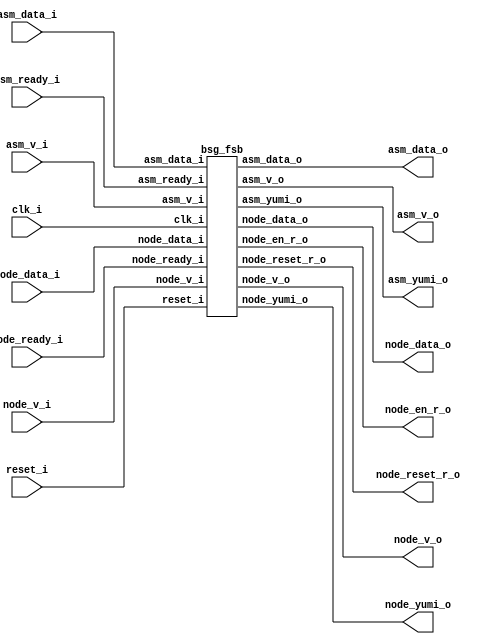
// This program was cloned from: https://github.com/chipsalliance/UHDM-integration-tests
// License: Apache License 2.0



module top
(
  clk_i,
  reset_i,
  asm_v_i,
  asm_data_i,
  asm_yumi_o,
  asm_v_o,
  asm_data_o,
  asm_ready_i,
  node_v_o,
  node_data_o,
  node_ready_i,
  node_en_r_o,
  node_reset_r_o,
  node_v_i,
  node_data_i,
  node_yumi_o
);

  input [15:0] asm_data_i;
  output [15:0] asm_data_o;
  output [4:0] node_v_o;
  output [79:0] node_data_o;
  input [4:0] node_ready_i;
  output [4:0] node_en_r_o;
  output [4:0] node_reset_r_o;
  input [4:0] node_v_i;
  input [79:0] node_data_i;
  output [4:0] node_yumi_o;
  input clk_i;
  input reset_i;
  input asm_v_i;
  input asm_ready_i;
  output asm_yumi_o;
  output asm_v_o;

  bsg_fsb
  wrapper
  (
    .asm_data_i(asm_data_i),
    .asm_data_o(asm_data_o),
    .node_v_o(node_v_o),
    .node_data_o(node_data_o),
    .node_ready_i(node_ready_i),
    .node_en_r_o(node_en_r_o),
    .node_reset_r_o(node_reset_r_o),
    .node_v_i(node_v_i),
    .node_data_i(node_data_i),
    .node_yumi_o(node_yumi_o),
    .clk_i(clk_i),
    .reset_i(reset_i),
    .asm_v_i(asm_v_i),
    .asm_ready_i(asm_ready_i),
    .asm_yumi_o(asm_yumi_o),
    .asm_v_o(asm_v_o)
  );


endmodule



module bsg_mem_1r1w_synth_width_p16_els_p2_read_write_same_addr_p0
(
  w_clk_i,
  w_reset_i,
  w_v_i,
  w_addr_i,
  w_data_i,
  r_v_i,
  r_addr_i,
  r_data_o
);

  input [0:0] w_addr_i;
  input [15:0] w_data_i;
  input [0:0] r_addr_i;
  output [15:0] r_data_o;
  input w_clk_i;
  input w_reset_i;
  input w_v_i;
  input r_v_i;
  wire [15:0] r_data_o;
  wire N0,N1,N2,N3,N4,N5,N7,N8;
  wire [31:0] \nz.mem ;
  reg \nz.mem_31_sv2v_reg ,\nz.mem_30_sv2v_reg ,\nz.mem_29_sv2v_reg ,
  \nz.mem_28_sv2v_reg ,\nz.mem_27_sv2v_reg ,\nz.mem_26_sv2v_reg ,\nz.mem_25_sv2v_reg ,
  \nz.mem_24_sv2v_reg ,\nz.mem_23_sv2v_reg ,\nz.mem_22_sv2v_reg ,\nz.mem_21_sv2v_reg ,
  \nz.mem_20_sv2v_reg ,\nz.mem_19_sv2v_reg ,\nz.mem_18_sv2v_reg ,\nz.mem_17_sv2v_reg ,
  \nz.mem_16_sv2v_reg ,\nz.mem_15_sv2v_reg ,\nz.mem_14_sv2v_reg ,\nz.mem_13_sv2v_reg ,
  \nz.mem_12_sv2v_reg ,\nz.mem_11_sv2v_reg ,\nz.mem_10_sv2v_reg ,
  \nz.mem_9_sv2v_reg ,\nz.mem_8_sv2v_reg ,\nz.mem_7_sv2v_reg ,\nz.mem_6_sv2v_reg ,
  \nz.mem_5_sv2v_reg ,\nz.mem_4_sv2v_reg ,\nz.mem_3_sv2v_reg ,\nz.mem_2_sv2v_reg ,
  \nz.mem_1_sv2v_reg ,\nz.mem_0_sv2v_reg ;
  assign \nz.mem [31] = \nz.mem_31_sv2v_reg ;
  assign \nz.mem [30] = \nz.mem_30_sv2v_reg ;
  assign \nz.mem [29] = \nz.mem_29_sv2v_reg ;
  assign \nz.mem [28] = \nz.mem_28_sv2v_reg ;
  assign \nz.mem [27] = \nz.mem_27_sv2v_reg ;
  assign \nz.mem [26] = \nz.mem_26_sv2v_reg ;
  assign \nz.mem [25] = \nz.mem_25_sv2v_reg ;
  assign \nz.mem [24] = \nz.mem_24_sv2v_reg ;
  assign \nz.mem [23] = \nz.mem_23_sv2v_reg ;
  assign \nz.mem [22] = \nz.mem_22_sv2v_reg ;
  assign \nz.mem [21] = \nz.mem_21_sv2v_reg ;
  assign \nz.mem [20] = \nz.mem_20_sv2v_reg ;
  assign \nz.mem [19] = \nz.mem_19_sv2v_reg ;
  assign \nz.mem [18] = \nz.mem_18_sv2v_reg ;
  assign \nz.mem [17] = \nz.mem_17_sv2v_reg ;
  assign \nz.mem [16] = \nz.mem_16_sv2v_reg ;
  assign \nz.mem [15] = \nz.mem_15_sv2v_reg ;
  assign \nz.mem [14] = \nz.mem_14_sv2v_reg ;
  assign \nz.mem [13] = \nz.mem_13_sv2v_reg ;
  assign \nz.mem [12] = \nz.mem_12_sv2v_reg ;
  assign \nz.mem [11] = \nz.mem_11_sv2v_reg ;
  assign \nz.mem [10] = \nz.mem_10_sv2v_reg ;
  assign \nz.mem [9] = \nz.mem_9_sv2v_reg ;
  assign \nz.mem [8] = \nz.mem_8_sv2v_reg ;
  assign \nz.mem [7] = \nz.mem_7_sv2v_reg ;
  assign \nz.mem [6] = \nz.mem_6_sv2v_reg ;
  assign \nz.mem [5] = \nz.mem_5_sv2v_reg ;
  assign \nz.mem [4] = \nz.mem_4_sv2v_reg ;
  assign \nz.mem [3] = \nz.mem_3_sv2v_reg ;
  assign \nz.mem [2] = \nz.mem_2_sv2v_reg ;
  assign \nz.mem [1] = \nz.mem_1_sv2v_reg ;
  assign \nz.mem [0] = \nz.mem_0_sv2v_reg ;
  assign r_data_o[15] = (N3)? \nz.mem [15] : 
                        (N0)? \nz.mem [31] : 1'b0;
  assign N0 = r_addr_i[0];
  assign r_data_o[14] = (N3)? \nz.mem [14] : 
                        (N0)? \nz.mem [30] : 1'b0;
  assign r_data_o[13] = (N3)? \nz.mem [13] : 
                        (N0)? \nz.mem [29] : 1'b0;
  assign r_data_o[12] = (N3)? \nz.mem [12] : 
                        (N0)? \nz.mem [28] : 1'b0;
  assign r_data_o[11] = (N3)? \nz.mem [11] : 
                        (N0)? \nz.mem [27] : 1'b0;
  assign r_data_o[10] = (N3)? \nz.mem [10] : 
                        (N0)? \nz.mem [26] : 1'b0;
  assign r_data_o[9] = (N3)? \nz.mem [9] : 
                       (N0)? \nz.mem [25] : 1'b0;
  assign r_data_o[8] = (N3)? \nz.mem [8] : 
                       (N0)? \nz.mem [24] : 1'b0;
  assign r_data_o[7] = (N3)? \nz.mem [7] : 
                       (N0)? \nz.mem [23] : 1'b0;
  assign r_data_o[6] = (N3)? \nz.mem [6] : 
                       (N0)? \nz.mem [22] : 1'b0;
  assign r_data_o[5] = (N3)? \nz.mem [5] : 
                       (N0)? \nz.mem [21] : 1'b0;
  assign r_data_o[4] = (N3)? \nz.mem [4] : 
                       (N0)? \nz.mem [20] : 1'b0;
  assign r_data_o[3] = (N3)? \nz.mem [3] : 
                       (N0)? \nz.mem [19] : 1'b0;
  assign r_data_o[2] = (N3)? \nz.mem [2] : 
                       (N0)? \nz.mem [18] : 1'b0;
  assign r_data_o[1] = (N3)? \nz.mem [1] : 
                       (N0)? \nz.mem [17] : 1'b0;
  assign r_data_o[0] = (N3)? \nz.mem [0] : 
                       (N0)? \nz.mem [16] : 1'b0;
  assign N5 = ~w_addr_i[0];
  assign { N8, N7 } = (N1)? { w_addr_i[0:0], N5 } : 
                      (N2)? { 1'b0, 1'b0 } : 1'b0;
  assign N1 = w_v_i;
  assign N2 = N4;
  assign N3 = ~r_addr_i[0];
  assign N4 = ~w_v_i;

  always @(posedge w_clk_i) begin
    if(N8) begin
      \nz.mem_31_sv2v_reg  <= w_data_i[15];
      \nz.mem_30_sv2v_reg  <= w_data_i[14];
      \nz.mem_29_sv2v_reg  <= w_data_i[13];
      \nz.mem_28_sv2v_reg  <= w_data_i[12];
      \nz.mem_27_sv2v_reg  <= w_data_i[11];
      \nz.mem_26_sv2v_reg  <= w_data_i[10];
      \nz.mem_25_sv2v_reg  <= w_data_i[9];
      \nz.mem_24_sv2v_reg  <= w_data_i[8];
      \nz.mem_23_sv2v_reg  <= w_data_i[7];
      \nz.mem_22_sv2v_reg  <= w_data_i[6];
      \nz.mem_21_sv2v_reg  <= w_data_i[5];
      \nz.mem_20_sv2v_reg  <= w_data_i[4];
      \nz.mem_19_sv2v_reg  <= w_data_i[3];
      \nz.mem_18_sv2v_reg  <= w_data_i[2];
      \nz.mem_17_sv2v_reg  <= w_data_i[1];
      \nz.mem_16_sv2v_reg  <= w_data_i[0];
    end 
    if(N7) begin
      \nz.mem_15_sv2v_reg  <= w_data_i[15];
      \nz.mem_14_sv2v_reg  <= w_data_i[14];
      \nz.mem_13_sv2v_reg  <= w_data_i[13];
      \nz.mem_12_sv2v_reg  <= w_data_i[12];
      \nz.mem_11_sv2v_reg  <= w_data_i[11];
      \nz.mem_10_sv2v_reg  <= w_data_i[10];
      \nz.mem_9_sv2v_reg  <= w_data_i[9];
      \nz.mem_8_sv2v_reg  <= w_data_i[8];
      \nz.mem_7_sv2v_reg  <= w_data_i[7];
      \nz.mem_6_sv2v_reg  <= w_data_i[6];
      \nz.mem_5_sv2v_reg  <= w_data_i[5];
      \nz.mem_4_sv2v_reg  <= w_data_i[4];
      \nz.mem_3_sv2v_reg  <= w_data_i[3];
      \nz.mem_2_sv2v_reg  <= w_data_i[2];
      \nz.mem_1_sv2v_reg  <= w_data_i[1];
      \nz.mem_0_sv2v_reg  <= w_data_i[0];
    end 
  end


endmodule



module bsg_mem_1r1w_width_p16_els_p2_read_write_same_addr_p0
(
  w_clk_i,
  w_reset_i,
  w_v_i,
  w_addr_i,
  w_data_i,
  r_v_i,
  r_addr_i,
  r_data_o
);

  input [0:0] w_addr_i;
  input [15:0] w_data_i;
  input [0:0] r_addr_i;
  output [15:0] r_data_o;
  input w_clk_i;
  input w_reset_i;
  input w_v_i;
  input r_v_i;
  wire [15:0] r_data_o;

  bsg_mem_1r1w_synth_width_p16_els_p2_read_write_same_addr_p0
  synth
  (
    .w_clk_i(w_clk_i),
    .w_reset_i(w_reset_i),
    .w_v_i(w_v_i),
    .w_addr_i(w_addr_i[0]),
    .w_data_i(w_data_i),
    .r_v_i(r_v_i),
    .r_addr_i(r_addr_i[0]),
    .r_data_o(r_data_o)
  );


endmodule



module bsg_two_fifo_width_p16
(
  clk_i,
  reset_i,
  ready_o,
  data_i,
  v_i,
  v_o,
  data_o,
  yumi_i
);

  input [15:0] data_i;
  output [15:0] data_o;
  input clk_i;
  input reset_i;
  input v_i;
  input yumi_i;
  output ready_o;
  output v_o;
  wire [15:0] data_o;
  wire ready_o,v_o,enq_i,tail_r,_0_net_,head_r,empty_r,full_r,N0,N1,N2,N3,N4,N5,N6,N7,
  N8,N9,N10,N11,N12,N13,N14;
  reg full_r_sv2v_reg,tail_r_sv2v_reg,head_r_sv2v_reg,empty_r_sv2v_reg;
  assign full_r = full_r_sv2v_reg;
  assign tail_r = tail_r_sv2v_reg;
  assign head_r = head_r_sv2v_reg;
  assign empty_r = empty_r_sv2v_reg;

  bsg_mem_1r1w_width_p16_els_p2_read_write_same_addr_p0
  mem_1r1w
  (
    .w_clk_i(clk_i),
    .w_reset_i(reset_i),
    .w_v_i(enq_i),
    .w_addr_i(tail_r),
    .w_data_i(data_i),
    .r_v_i(_0_net_),
    .r_addr_i(head_r),
    .r_data_o(data_o)
  );

  assign _0_net_ = ~empty_r;
  assign v_o = ~empty_r;
  assign ready_o = ~full_r;
  assign enq_i = v_i & N5;
  assign N5 = ~full_r;
  assign N1 = enq_i;
  assign N0 = ~tail_r;
  assign N2 = ~head_r;
  assign N3 = N7 | N9;
  assign N7 = empty_r & N6;
  assign N6 = ~enq_i;
  assign N9 = N8 & N6;
  assign N8 = N5 & yumi_i;
  assign N4 = N13 | N14;
  assign N13 = N11 & N12;
  assign N11 = N10 & enq_i;
  assign N10 = ~empty_r;
  assign N12 = ~yumi_i;
  assign N14 = full_r & N12;

  always @(posedge clk_i) begin
    if(reset_i) begin
      full_r_sv2v_reg <= 1'b0;
      empty_r_sv2v_reg <= 1'b1;
    end else if(1'b1) begin
      full_r_sv2v_reg <= N4;
      empty_r_sv2v_reg <= N3;
    end 
    if(reset_i) begin
      tail_r_sv2v_reg <= 1'b0;
    end else if(N1) begin
      tail_r_sv2v_reg <= N0;
    end 
    if(reset_i) begin
      head_r_sv2v_reg <= 1'b0;
    end else if(yumi_i) begin
      head_r_sv2v_reg <= N2;
    end 
  end


endmodule



module bsg_front_side_bus_hop_in_width_p16_fan_out_p2
(
  clk_i,
  reset_i,
  ready_o,
  v_i,
  data_i,
  v_o,
  data_o,
  ready_i
);

  input [15:0] data_i;
  output [1:0] v_o;
  output [31:0] data_o;
  input [1:0] ready_i;
  input clk_i;
  input reset_i;
  input v_i;
  output ready_o;
  wire [1:0] v_o,sent_r,sent_n;
  wire [31:0] data_o;
  wire ready_o,N0,N1,data_o_0__15_,data_o_0__14_,data_o_0__13_,data_o_0__12_,
  data_o_0__11_,data_o_0__10_,data_o_0__9_,data_o_0__8_,data_o_0__7_,data_o_0__6_,
  data_o_0__5_,data_o_0__4_,data_o_0__3_,data_o_0__2_,data_o_0__1_,data_o_0__0_,fifo_v,
  fifo_yumi,N2,N3,N4,N5,N6,N7,N8,N9,N10,N11;
  reg sent_r_0_sv2v_reg,sent_r_1_sv2v_reg;
  assign sent_r[0] = sent_r_0_sv2v_reg;
  assign sent_r[1] = sent_r_1_sv2v_reg;
  assign data_o[31] = data_o_0__15_;
  assign data_o[15] = data_o_0__15_;
  assign data_o[30] = data_o_0__14_;
  assign data_o[14] = data_o_0__14_;
  assign data_o[29] = data_o_0__13_;
  assign data_o[13] = data_o_0__13_;
  assign data_o[28] = data_o_0__12_;
  assign data_o[12] = data_o_0__12_;
  assign data_o[27] = data_o_0__11_;
  assign data_o[11] = data_o_0__11_;
  assign data_o[26] = data_o_0__10_;
  assign data_o[10] = data_o_0__10_;
  assign data_o[25] = data_o_0__9_;
  assign data_o[9] = data_o_0__9_;
  assign data_o[24] = data_o_0__8_;
  assign data_o[8] = data_o_0__8_;
  assign data_o[23] = data_o_0__7_;
  assign data_o[7] = data_o_0__7_;
  assign data_o[22] = data_o_0__6_;
  assign data_o[6] = data_o_0__6_;
  assign data_o[21] = data_o_0__5_;
  assign data_o[5] = data_o_0__5_;
  assign data_o[20] = data_o_0__4_;
  assign data_o[4] = data_o_0__4_;
  assign data_o[19] = data_o_0__3_;
  assign data_o[3] = data_o_0__3_;
  assign data_o[18] = data_o_0__2_;
  assign data_o[2] = data_o_0__2_;
  assign data_o[17] = data_o_0__1_;
  assign data_o[1] = data_o_0__1_;
  assign data_o[16] = data_o_0__0_;
  assign data_o[0] = data_o_0__0_;

  bsg_two_fifo_width_p16
  fifo
  (
    .clk_i(clk_i),
    .reset_i(reset_i),
    .ready_o(ready_o),
    .data_i(data_i),
    .v_i(v_i),
    .v_o(fifo_v),
    .data_o({ data_o_0__15_, data_o_0__14_, data_o_0__13_, data_o_0__12_, data_o_0__11_, data_o_0__10_, data_o_0__9_, data_o_0__8_, data_o_0__7_, data_o_0__6_, data_o_0__5_, data_o_0__4_, data_o_0__3_, data_o_0__2_, data_o_0__1_, data_o_0__0_ }),
    .yumi_i(fifo_yumi)
  );

  assign sent_n[0] = (N0)? 1'b1 : 
                     (N4)? sent_r[0] : 1'b0;
  assign N0 = N3;
  assign sent_n[1] = (N1)? 1'b1 : 
                     (N7)? sent_r[1] : 1'b0;
  assign N1 = N6;
  assign v_o[0] = fifo_v & N8;
  assign N8 = ~sent_r[0];
  assign N2 = sent_n[0] & N9;
  assign N9 = ~fifo_yumi;
  assign N3 = v_o[0] & ready_i[0];
  assign N4 = ~N3;
  assign v_o[1] = fifo_v & N10;
  assign N10 = ~sent_r[1];
  assign N5 = sent_n[1] & N11;
  assign N11 = ~fifo_yumi;
  assign N6 = v_o[1] & ready_i[1];
  assign N7 = ~N6;
  assign fifo_yumi = sent_n[1] & sent_n[0];

  always @(posedge clk_i) begin
    if(reset_i) begin
      sent_r_0_sv2v_reg <= 1'b0;
      sent_r_1_sv2v_reg <= 1'b0;
    end else if(1'b1) begin
      sent_r_0_sv2v_reg <= N2;
      sent_r_1_sv2v_reg <= N5;
    end 
  end


endmodule



module bsg_front_side_bus_hop_out_width_p16
(
  clk_i,
  reset_i,
  v_i,
  data_i,
  ready_o,
  yumi_o,
  v_o,
  data_o,
  ready_i
);

  input [1:0] v_i;
  input [31:0] data_i;
  output [15:0] data_o;
  input clk_i;
  input reset_i;
  input ready_i;
  output ready_o;
  output yumi_o;
  output v_o;
  wire [15:0] data_o;
  wire ready_o,yumi_o,v_o,N0,N1,N2,v1_blocked_r,source_sel,fifo_ready,N3,N4,N5,
  _0_net__15_,_0_net__14_,_0_net__13_,_0_net__12_,_0_net__11_,_0_net__10_,_0_net__9_,
  _0_net__8_,_0_net__7_,_0_net__6_,_0_net__5_,_0_net__4_,_0_net__3_,_0_net__2_,
  _0_net__1_,_0_net__0_,_1_net_,_2_net_,N6,N7,N8,N9,N10;
  reg v1_blocked_r_sv2v_reg;
  assign v1_blocked_r = v1_blocked_r_sv2v_reg;

  bsg_two_fifo_width_p16
  fifo
  (
    .clk_i(clk_i),
    .reset_i(reset_i),
    .ready_o(fifo_ready),
    .data_i({ _0_net__15_, _0_net__14_, _0_net__13_, _0_net__12_, _0_net__11_, _0_net__10_, _0_net__9_, _0_net__8_, _0_net__7_, _0_net__6_, _0_net__5_, _0_net__4_, _0_net__3_, _0_net__2_, _0_net__1_, _0_net__0_ }),
    .v_i(_2_net_),
    .v_o(v_o),
    .data_o(data_o),
    .yumi_i(_1_net_)
  );

  assign _0_net__15_ = (N6)? data_i[15] : 
                       (N0)? data_i[31] : 1'b0;
  assign N0 = source_sel;
  assign _0_net__14_ = (N6)? data_i[14] : 
                       (N0)? data_i[30] : 1'b0;
  assign _0_net__13_ = (N6)? data_i[13] : 
                       (N0)? data_i[29] : 1'b0;
  assign _0_net__12_ = (N6)? data_i[12] : 
                       (N0)? data_i[28] : 1'b0;
  assign _0_net__11_ = (N6)? data_i[11] : 
                       (N0)? data_i[27] : 1'b0;
  assign _0_net__10_ = (N6)? data_i[10] : 
                       (N0)? data_i[26] : 1'b0;
  assign _0_net__9_ = (N6)? data_i[9] : 
                      (N0)? data_i[25] : 1'b0;
  assign _0_net__8_ = (N6)? data_i[8] : 
                      (N0)? data_i[24] : 1'b0;
  assign _0_net__7_ = (N6)? data_i[7] : 
                      (N0)? data_i[23] : 1'b0;
  assign _0_net__6_ = (N6)? data_i[6] : 
                      (N0)? data_i[22] : 1'b0;
  assign _0_net__5_ = (N6)? data_i[5] : 
                      (N0)? data_i[21] : 1'b0;
  assign _0_net__4_ = (N6)? data_i[4] : 
                      (N0)? data_i[20] : 1'b0;
  assign _0_net__3_ = (N6)? data_i[3] : 
                      (N0)? data_i[19] : 1'b0;
  assign _0_net__2_ = (N6)? data_i[2] : 
                      (N0)? data_i[18] : 1'b0;
  assign _0_net__1_ = (N6)? data_i[1] : 
                      (N0)? data_i[17] : 1'b0;
  assign _0_net__0_ = (N6)? data_i[0] : 
                      (N0)? data_i[16] : 1'b0;
  assign N5 = (N1)? N4 : 
              (N2)? v1_blocked_r : 1'b0;
  assign N1 = fifo_ready;
  assign N2 = N3;
  assign source_sel = N7 | v1_blocked_r;
  assign N7 = ~v_i[0];
  assign yumi_o = N8 & source_sel;
  assign N8 = fifo_ready & v_i[1];
  assign N3 = ~fifo_ready;
  assign N4 = v_i[1] & N9;
  assign N9 = ~source_sel;
  assign _2_net_ = v_i[1] | v_i[0];
  assign _1_net_ = v_o & ready_i;
  assign N6 = ~source_sel;
  assign ready_o = fifo_ready & N10;
  assign N10 = ~v1_blocked_r;

  always @(posedge clk_i) begin
    if(reset_i) begin
      v1_blocked_r_sv2v_reg <= 1'b0;
    end else if(1'b1) begin
      v1_blocked_r_sv2v_reg <= N5;
    end 
  end


endmodule



module bsg_fsb_murn_gateway_16_0_3_x_x
(
  clk_i,
  reset_i,
  v_i,
  data_i,
  ready_o,
  v_o,
  ready_i,
  node_en_r_o,
  node_reset_r_o
);

  input [15:0] data_i;
  input clk_i;
  input reset_i;
  input v_i;
  input ready_i;
  output ready_o;
  output v_o;
  output node_en_r_o;
  output node_reset_r_o;
  wire ready_o,v_o,node_en_r_o,node_reset_r_o,N0,N1,N2,N3,N4,\genblk1.for_this_node ,
  \genblk1.for_switch ,N5,N6,N7,N8,N9,N10,N11,N12,N13,N14,N15,N16,N17,N18,N19,N20,
  N21,N22,N23,N24,N25,N26,N27,N28,N29,N30,N31,N32,N33,N34,N35,N36,N37,N38,N39,N40,
  N41,N42,N43,N44,N45,N46,N47,N48,N49,N50,N51,N52,N53,N54,N55,N56,N57;
  reg node_en_r_o_sv2v_reg,node_reset_r_o_sv2v_reg;
  assign node_en_r_o = node_en_r_o_sv2v_reg;
  assign node_reset_r_o = node_reset_r_o_sv2v_reg;
  assign N5 = data_i[7] | N19;
  assign N6 = N5 | data_i[5];
  assign N7 = N23 | N6;
  assign N9 = data_i[7] | data_i[6];
  assign N10 = N9 | N13;
  assign N11 = N23 | N10;
  assign N14 = N18 | data_i[6];
  assign N15 = N14 | N13;
  assign N16 = N23 | N15;
  assign N20 = data_i[11] | data_i[10];
  assign N21 = data_i[9] | data_i[8];
  assign N22 = N18 | N19;
  assign N23 = N20 | N21;
  assign N24 = N22 | data_i[5];
  assign N25 = N23 | N24;
  assign N43 = data_i[14] | data_i[15];
  assign N44 = data_i[13] | N43;
  assign N45 = ~N44;
  assign N31 = (N0)? 1'b1 : 
               (N1)? 1'b0 : 
               (N30)? node_en_r_o : 1'b0;
  assign N0 = N8;
  assign N1 = N12;
  assign N32 = (N2)? 1'b1 : 
               (N3)? 1'b0 : 
               (N30)? node_reset_r_o : 1'b0;
  assign N2 = N17;
  assign N3 = N26;
  assign N4 = 1'b0;
  assign \genblk1.for_this_node  = v_i & N46;
  assign N46 = N45 | N4;
  assign \genblk1.for_switch  = N50 & data_i[12];
  assign N50 = N49 & N45;
  assign N49 = N48 & v_i;
  assign N48 = ~N47;
  assign N47 = N4 & node_en_r_o;
  assign v_o = N51 & N52;
  assign N51 = node_en_r_o & \genblk1.for_this_node ;
  assign N52 = ~\genblk1.for_switch ;
  assign ready_o = v_i & N57;
  assign N57 = N55 | N56;
  assign N55 = N54 | \genblk1.for_switch ;
  assign N54 = N53 | ready_i;
  assign N53 = ~node_en_r_o;
  assign N56 = ~\genblk1.for_this_node ;
  assign N8 = ~N7;
  assign N12 = ~N11;
  assign N13 = ~data_i[5];
  assign N17 = ~N16;
  assign N18 = ~data_i[7];
  assign N19 = ~data_i[6];
  assign N26 = ~N25;
  assign N27 = N12 | N8;
  assign N28 = N17 | N27;
  assign N29 = N26 | N28;
  assign N30 = ~N29;
  assign N33 = N17 & \genblk1.for_switch ;
  assign N34 = N26 & \genblk1.for_switch ;
  assign N35 = N33 | N34;
  assign N36 = N35 | N52;
  assign N37 = ~N36;
  assign N38 = N8 & \genblk1.for_switch ;
  assign N39 = N12 & \genblk1.for_switch ;
  assign N40 = N38 | N39;
  assign N41 = N40 | N52;
  assign N42 = ~N41;

  always @(posedge clk_i) begin
    if(reset_i) begin
      node_en_r_o_sv2v_reg <= 1'b0;
    end else if(N37) begin
      node_en_r_o_sv2v_reg <= N31;
    end 
    if(reset_i) begin
      node_reset_r_o_sv2v_reg <= 1'b1;
    end else if(N42) begin
      node_reset_r_o_sv2v_reg <= N32;
    end 
  end


endmodule



module bsg_fsb_murn_gateway_16_1_3_0_0
(
  clk_i,
  reset_i,
  v_i,
  data_i,
  ready_o,
  v_o,
  ready_i,
  node_en_r_o,
  node_reset_r_o
);

  input [15:0] data_i;
  input clk_i;
  input reset_i;
  input v_i;
  input ready_i;
  output ready_o;
  output v_o;
  output node_en_r_o;
  output node_reset_r_o;
  wire ready_o,v_o,node_en_r_o,node_reset_r_o,N0,N1,N2,N3,\genblk1.for_this_node ,
  \genblk1.for_switch ,N4,N5,N6,N7,N8,N9,N10,N11,N12,N13,N14,N15,N16,N17,N18,N19,N20,
  N21,N22,N23,N24,N25,N26,N27,N28,N29,N30,N31,N32,N33,N34,N35,N36,N37,N38,N39,N40,
  N41,N42,N43,N44,N45,N46,N47,N48,N49,N50,N51,N52,N53;
  reg node_en_r_o_sv2v_reg,node_reset_r_o_sv2v_reg;
  assign node_en_r_o = node_en_r_o_sv2v_reg;
  assign node_reset_r_o = node_reset_r_o_sv2v_reg;
  assign N4 = data_i[7] | N18;
  assign N5 = N4 | data_i[5];
  assign N6 = N22 | N5;
  assign N8 = data_i[7] | data_i[6];
  assign N9 = N8 | N12;
  assign N10 = N22 | N9;
  assign N13 = N17 | data_i[6];
  assign N14 = N13 | N12;
  assign N15 = N22 | N14;
  assign N19 = data_i[11] | data_i[10];
  assign N20 = data_i[9] | data_i[8];
  assign N21 = N17 | N18;
  assign N22 = N19 | N20;
  assign N23 = N21 | data_i[5];
  assign N24 = N22 | N23;
  assign N42 = ~data_i[13];
  assign N43 = data_i[14] | data_i[15];
  assign N44 = N42 | N43;
  assign N45 = ~N44;
  assign N30 = (N0)? 1'b1 : 
               (N1)? 1'b0 : 
               (N29)? node_en_r_o : 1'b0;
  assign N0 = N7;
  assign N1 = N11;
  assign N31 = (N2)? 1'b1 : 
               (N3)? 1'b0 : 
               (N29)? node_reset_r_o : 1'b0;
  assign N2 = N16;
  assign N3 = N25;
  assign \genblk1.for_this_node  = v_i & N45;
  assign \genblk1.for_switch  = N46 & data_i[12];
  assign N46 = v_i & N45;
  assign v_o = N47 & N48;
  assign N47 = node_en_r_o & \genblk1.for_this_node ;
  assign N48 = ~\genblk1.for_switch ;
  assign ready_o = v_i & N53;
  assign N53 = N51 | N52;
  assign N51 = N50 | \genblk1.for_switch ;
  assign N50 = N49 | ready_i;
  assign N49 = ~node_en_r_o;
  assign N52 = ~\genblk1.for_this_node ;
  assign N7 = ~N6;
  assign N11 = ~N10;
  assign N12 = ~data_i[5];
  assign N16 = ~N15;
  assign N17 = ~data_i[7];
  assign N18 = ~data_i[6];
  assign N25 = ~N24;
  assign N26 = N11 | N7;
  assign N27 = N16 | N26;
  assign N28 = N25 | N27;
  assign N29 = ~N28;
  assign N32 = N16 & \genblk1.for_switch ;
  assign N33 = N25 & \genblk1.for_switch ;
  assign N34 = N32 | N33;
  assign N35 = N34 | N48;
  assign N36 = ~N35;
  assign N37 = N7 & \genblk1.for_switch ;
  assign N38 = N11 & \genblk1.for_switch ;
  assign N39 = N37 | N38;
  assign N40 = N39 | N48;
  assign N41 = ~N40;

  always @(posedge clk_i) begin
    if(reset_i) begin
      node_en_r_o_sv2v_reg <= 1'b0;
    end else if(N36) begin
      node_en_r_o_sv2v_reg <= N30;
    end 
    if(reset_i) begin
      node_reset_r_o_sv2v_reg <= 1'b1;
    end else if(N41) begin
      node_reset_r_o_sv2v_reg <= N31;
    end 
  end


endmodule



module bsg_fsb_murn_gateway_16_2_3_0_0
(
  clk_i,
  reset_i,
  v_i,
  data_i,
  ready_o,
  v_o,
  ready_i,
  node_en_r_o,
  node_reset_r_o
);

  input [15:0] data_i;
  input clk_i;
  input reset_i;
  input v_i;
  input ready_i;
  output ready_o;
  output v_o;
  output node_en_r_o;
  output node_reset_r_o;
  wire ready_o,v_o,node_en_r_o,node_reset_r_o,N0,N1,N2,N3,\genblk1.for_this_node ,
  \genblk1.for_switch ,N4,N5,N6,N7,N8,N9,N10,N11,N12,N13,N14,N15,N16,N17,N18,N19,N20,
  N21,N22,N23,N24,N25,N26,N27,N28,N29,N30,N31,N32,N33,N34,N35,N36,N37,N38,N39,N40,
  N41,N42,N43,N44,N45,N46,N47,N48,N49,N50,N51,N52,N53;
  reg node_en_r_o_sv2v_reg,node_reset_r_o_sv2v_reg;
  assign node_en_r_o = node_en_r_o_sv2v_reg;
  assign node_reset_r_o = node_reset_r_o_sv2v_reg;
  assign N4 = data_i[7] | N18;
  assign N5 = N4 | data_i[5];
  assign N6 = N22 | N5;
  assign N8 = data_i[7] | data_i[6];
  assign N9 = N8 | N12;
  assign N10 = N22 | N9;
  assign N13 = N17 | data_i[6];
  assign N14 = N13 | N12;
  assign N15 = N22 | N14;
  assign N19 = data_i[11] | data_i[10];
  assign N20 = data_i[9] | data_i[8];
  assign N21 = N17 | N18;
  assign N22 = N19 | N20;
  assign N23 = N21 | data_i[5];
  assign N24 = N22 | N23;
  assign N42 = ~data_i[14];
  assign N43 = N42 | data_i[15];
  assign N44 = data_i[13] | N43;
  assign N45 = ~N44;
  assign N30 = (N0)? 1'b1 : 
               (N1)? 1'b0 : 
               (N29)? node_en_r_o : 1'b0;
  assign N0 = N7;
  assign N1 = N11;
  assign N31 = (N2)? 1'b1 : 
               (N3)? 1'b0 : 
               (N29)? node_reset_r_o : 1'b0;
  assign N2 = N16;
  assign N3 = N25;
  assign \genblk1.for_this_node  = v_i & N45;
  assign \genblk1.for_switch  = N46 & data_i[12];
  assign N46 = v_i & N45;
  assign v_o = N47 & N48;
  assign N47 = node_en_r_o & \genblk1.for_this_node ;
  assign N48 = ~\genblk1.for_switch ;
  assign ready_o = v_i & N53;
  assign N53 = N51 | N52;
  assign N51 = N50 | \genblk1.for_switch ;
  assign N50 = N49 | ready_i;
  assign N49 = ~node_en_r_o;
  assign N52 = ~\genblk1.for_this_node ;
  assign N7 = ~N6;
  assign N11 = ~N10;
  assign N12 = ~data_i[5];
  assign N16 = ~N15;
  assign N17 = ~data_i[7];
  assign N18 = ~data_i[6];
  assign N25 = ~N24;
  assign N26 = N11 | N7;
  assign N27 = N16 | N26;
  assign N28 = N25 | N27;
  assign N29 = ~N28;
  assign N32 = N16 & \genblk1.for_switch ;
  assign N33 = N25 & \genblk1.for_switch ;
  assign N34 = N32 | N33;
  assign N35 = N34 | N48;
  assign N36 = ~N35;
  assign N37 = N7 & \genblk1.for_switch ;
  assign N38 = N11 & \genblk1.for_switch ;
  assign N39 = N37 | N38;
  assign N40 = N39 | N48;
  assign N41 = ~N40;

  always @(posedge clk_i) begin
    if(reset_i) begin
      node_en_r_o_sv2v_reg <= 1'b0;
    end else if(N36) begin
      node_en_r_o_sv2v_reg <= N30;
    end 
    if(reset_i) begin
      node_reset_r_o_sv2v_reg <= 1'b1;
    end else if(N41) begin
      node_reset_r_o_sv2v_reg <= N31;
    end 
  end


endmodule



module bsg_fsb_murn_gateway_16_3_3_0_0
(
  clk_i,
  reset_i,
  v_i,
  data_i,
  ready_o,
  v_o,
  ready_i,
  node_en_r_o,
  node_reset_r_o
);

  input [15:0] data_i;
  input clk_i;
  input reset_i;
  input v_i;
  input ready_i;
  output ready_o;
  output v_o;
  output node_en_r_o;
  output node_reset_r_o;
  wire ready_o,v_o,node_en_r_o,node_reset_r_o,N0,N1,N2,N3,\genblk1.for_this_node ,
  \genblk1.for_switch ,N4,N5,N6,N7,N8,N9,N10,N11,N12,N13,N14,N15,N16,N17,N18,N19,N20,
  N21,N22,N23,N24,N25,N26,N27,N28,N29,N30,N31,N32,N33,N34,N35,N36,N37,N38,N39,N40,
  N41,N42,N43,N44,N45,N46,N47,N48,N49,N50,N51,N52,N53,N54;
  reg node_en_r_o_sv2v_reg,node_reset_r_o_sv2v_reg;
  assign node_en_r_o = node_en_r_o_sv2v_reg;
  assign node_reset_r_o = node_reset_r_o_sv2v_reg;
  assign N4 = data_i[7] | N18;
  assign N5 = N4 | data_i[5];
  assign N6 = N22 | N5;
  assign N8 = data_i[7] | data_i[6];
  assign N9 = N8 | N12;
  assign N10 = N22 | N9;
  assign N13 = N17 | data_i[6];
  assign N14 = N13 | N12;
  assign N15 = N22 | N14;
  assign N19 = data_i[11] | data_i[10];
  assign N20 = data_i[9] | data_i[8];
  assign N21 = N17 | N18;
  assign N22 = N19 | N20;
  assign N23 = N21 | data_i[5];
  assign N24 = N22 | N23;
  assign N42 = ~data_i[14];
  assign N43 = ~data_i[13];
  assign N44 = N42 | data_i[15];
  assign N45 = N43 | N44;
  assign N46 = ~N45;
  assign N30 = (N0)? 1'b1 : 
               (N1)? 1'b0 : 
               (N29)? node_en_r_o : 1'b0;
  assign N0 = N7;
  assign N1 = N11;
  assign N31 = (N2)? 1'b1 : 
               (N3)? 1'b0 : 
               (N29)? node_reset_r_o : 1'b0;
  assign N2 = N16;
  assign N3 = N25;
  assign \genblk1.for_this_node  = v_i & N46;
  assign \genblk1.for_switch  = N47 & data_i[12];
  assign N47 = v_i & N46;
  assign v_o = N48 & N49;
  assign N48 = node_en_r_o & \genblk1.for_this_node ;
  assign N49 = ~\genblk1.for_switch ;
  assign ready_o = v_i & N54;
  assign N54 = N52 | N53;
  assign N52 = N51 | \genblk1.for_switch ;
  assign N51 = N50 | ready_i;
  assign N50 = ~node_en_r_o;
  assign N53 = ~\genblk1.for_this_node ;
  assign N7 = ~N6;
  assign N11 = ~N10;
  assign N12 = ~data_i[5];
  assign N16 = ~N15;
  assign N17 = ~data_i[7];
  assign N18 = ~data_i[6];
  assign N25 = ~N24;
  assign N26 = N11 | N7;
  assign N27 = N16 | N26;
  assign N28 = N25 | N27;
  assign N29 = ~N28;
  assign N32 = N16 & \genblk1.for_switch ;
  assign N33 = N25 & \genblk1.for_switch ;
  assign N34 = N32 | N33;
  assign N35 = N34 | N49;
  assign N36 = ~N35;
  assign N37 = N7 & \genblk1.for_switch ;
  assign N38 = N11 & \genblk1.for_switch ;
  assign N39 = N37 | N38;
  assign N40 = N39 | N49;
  assign N41 = ~N40;

  always @(posedge clk_i) begin
    if(reset_i) begin
      node_en_r_o_sv2v_reg <= 1'b0;
    end else if(N36) begin
      node_en_r_o_sv2v_reg <= N30;
    end 
    if(reset_i) begin
      node_reset_r_o_sv2v_reg <= 1'b1;
    end else if(N41) begin
      node_reset_r_o_sv2v_reg <= N31;
    end 
  end


endmodule



module bsg_fsb_murn_gateway_16_4_3_0_0
(
  clk_i,
  reset_i,
  v_i,
  data_i,
  ready_o,
  v_o,
  ready_i,
  node_en_r_o,
  node_reset_r_o
);

  input [15:0] data_i;
  input clk_i;
  input reset_i;
  input v_i;
  input ready_i;
  output ready_o;
  output v_o;
  output node_en_r_o;
  output node_reset_r_o;
  wire ready_o,v_o,node_en_r_o,node_reset_r_o,N0,N1,N2,N3,\genblk1.for_this_node ,
  \genblk1.for_switch ,N4,N5,N6,N7,N8,N9,N10,N11,N12,N13,N14,N15,N16,N17,N18,N19,N20,
  N21,N22,N23,N24,N25,N26,N27,N28,N29,N30,N31,N32,N33,N34,N35,N36,N37,N38,N39,N40,
  N41,N42,N43,N44,N45,N46,N47,N48,N49,N50,N51,N52,N53;
  reg node_en_r_o_sv2v_reg,node_reset_r_o_sv2v_reg;
  assign node_en_r_o = node_en_r_o_sv2v_reg;
  assign node_reset_r_o = node_reset_r_o_sv2v_reg;
  assign N4 = data_i[7] | N18;
  assign N5 = N4 | data_i[5];
  assign N6 = N22 | N5;
  assign N8 = data_i[7] | data_i[6];
  assign N9 = N8 | N12;
  assign N10 = N22 | N9;
  assign N13 = N17 | data_i[6];
  assign N14 = N13 | N12;
  assign N15 = N22 | N14;
  assign N19 = data_i[11] | data_i[10];
  assign N20 = data_i[9] | data_i[8];
  assign N21 = N17 | N18;
  assign N22 = N19 | N20;
  assign N23 = N21 | data_i[5];
  assign N24 = N22 | N23;
  assign N42 = ~data_i[15];
  assign N43 = data_i[14] | N42;
  assign N44 = data_i[13] | N43;
  assign N45 = ~N44;
  assign N30 = (N0)? 1'b1 : 
               (N1)? 1'b0 : 
               (N29)? node_en_r_o : 1'b0;
  assign N0 = N7;
  assign N1 = N11;
  assign N31 = (N2)? 1'b1 : 
               (N3)? 1'b0 : 
               (N29)? node_reset_r_o : 1'b0;
  assign N2 = N16;
  assign N3 = N25;
  assign \genblk1.for_this_node  = v_i & N45;
  assign \genblk1.for_switch  = N46 & data_i[12];
  assign N46 = v_i & N45;
  assign v_o = N47 & N48;
  assign N47 = node_en_r_o & \genblk1.for_this_node ;
  assign N48 = ~\genblk1.for_switch ;
  assign ready_o = v_i & N53;
  assign N53 = N51 | N52;
  assign N51 = N50 | \genblk1.for_switch ;
  assign N50 = N49 | ready_i;
  assign N49 = ~node_en_r_o;
  assign N52 = ~\genblk1.for_this_node ;
  assign N7 = ~N6;
  assign N11 = ~N10;
  assign N12 = ~data_i[5];
  assign N16 = ~N15;
  assign N17 = ~data_i[7];
  assign N18 = ~data_i[6];
  assign N25 = ~N24;
  assign N26 = N11 | N7;
  assign N27 = N16 | N26;
  assign N28 = N25 | N27;
  assign N29 = ~N28;
  assign N32 = N16 & \genblk1.for_switch ;
  assign N33 = N25 & \genblk1.for_switch ;
  assign N34 = N32 | N33;
  assign N35 = N34 | N48;
  assign N36 = ~N35;
  assign N37 = N7 & \genblk1.for_switch ;
  assign N38 = N11 & \genblk1.for_switch ;
  assign N39 = N37 | N38;
  assign N40 = N39 | N48;
  assign N41 = ~N40;

  always @(posedge clk_i) begin
    if(reset_i) begin
      node_en_r_o_sv2v_reg <= 1'b0;
    end else if(N36) begin
      node_en_r_o_sv2v_reg <= N30;
    end 
    if(reset_i) begin
      node_reset_r_o_sv2v_reg <= 1'b1;
    end else if(N41) begin
      node_reset_r_o_sv2v_reg <= N31;
    end 
  end


endmodule



module bsg_fsb
(
  clk_i,
  reset_i,
  asm_v_i,
  asm_data_i,
  asm_yumi_o,
  asm_v_o,
  asm_data_o,
  asm_ready_i,
  node_v_o,
  node_data_o,
  node_ready_i,
  node_en_r_o,
  node_reset_r_o,
  node_v_i,
  node_data_i,
  node_yumi_o
);

  input [15:0] asm_data_i;
  output [15:0] asm_data_o;
  output [4:0] node_v_o;
  output [79:0] node_data_o;
  input [4:0] node_ready_i;
  output [4:0] node_en_r_o;
  output [4:0] node_reset_r_o;
  input [4:0] node_v_i;
  input [79:0] node_data_i;
  output [4:0] node_yumi_o;
  input clk_i;
  input reset_i;
  input asm_v_i;
  input asm_ready_i;
  output asm_yumi_o;
  output asm_v_o;
  wire [15:0] asm_data_o;
  wire [4:0] node_v_o,node_en_r_o,node_reset_r_o,node_yumi_o,in_hop_v,out_hop_ready;
  wire [79:0] node_data_o,in_hop_data;
  wire asm_yumi_o,asm_v_o,out_hop_data_3__15_,out_hop_data_3__14_,out_hop_data_3__13_,
  out_hop_data_3__12_,out_hop_data_3__11_,out_hop_data_3__10_,out_hop_data_3__9_,
  out_hop_data_3__8_,out_hop_data_3__7_,out_hop_data_3__6_,out_hop_data_3__5_,
  out_hop_data_3__4_,out_hop_data_3__3_,out_hop_data_3__2_,out_hop_data_3__1_,
  out_hop_data_3__0_,out_hop_data_2__15_,out_hop_data_2__14_,out_hop_data_2__13_,
  out_hop_data_2__12_,out_hop_data_2__11_,out_hop_data_2__10_,out_hop_data_2__9_,
  out_hop_data_2__8_,out_hop_data_2__7_,out_hop_data_2__6_,out_hop_data_2__5_,
  out_hop_data_2__4_,out_hop_data_2__3_,out_hop_data_2__2_,out_hop_data_2__1_,out_hop_data_2__0_,
  out_hop_data_1__15_,out_hop_data_1__14_,out_hop_data_1__13_,out_hop_data_1__12_,
  out_hop_data_1__11_,out_hop_data_1__10_,out_hop_data_1__9_,out_hop_data_1__8_,
  out_hop_data_1__7_,out_hop_data_1__6_,out_hop_data_1__5_,out_hop_data_1__4_,
  out_hop_data_1__3_,out_hop_data_1__2_,out_hop_data_1__1_,out_hop_data_1__0_,
  out_hop_data_0__15_,out_hop_data_0__14_,out_hop_data_0__13_,out_hop_data_0__12_,
  out_hop_data_0__11_,out_hop_data_0__10_,out_hop_data_0__9_,out_hop_data_0__8_,
  out_hop_data_0__7_,out_hop_data_0__6_,out_hop_data_0__5_,out_hop_data_0__4_,
  out_hop_data_0__3_,out_hop_data_0__2_,out_hop_data_0__1_,out_hop_data_0__0_,to_asm_ready,
  \fsb_node_0_.node_ready_int ,\fsb_node_0_.node_v_int ,_3_net__1_,
  \fsb_node_1_.node_ready_int ,\fsb_node_1_.node_v_int ,_8_net__1_,\fsb_node_2_.node_ready_int ,
  \fsb_node_2_.node_v_int ,_13_net__1_,\fsb_node_3_.node_ready_int ,
  \fsb_node_3_.node_v_int ,_18_net__1_,\fsb_node_4_.node_ready_int ,\fsb_node_4_.node_v_int ,_23_net__1_;
  wire [3:0] out_hop_v,in_hop_ready;

  bsg_front_side_bus_hop_in_width_p16_fan_out_p2
  \fsb_node_0_.hopin 
  (
    .clk_i(clk_i),
    .reset_i(reset_i),
    .ready_o(to_asm_ready),
    .v_i(asm_v_i),
    .data_i(asm_data_i),
    .v_o({ \fsb_node_0_.node_v_int , in_hop_v[0:0] }),
    .data_o({ node_data_o[15:0], in_hop_data[15:0] }),
    .ready_i({ \fsb_node_0_.node_ready_int , in_hop_ready[0:0] })
  );


  bsg_front_side_bus_hop_out_width_p16
  \fsb_node_0_.hopout 
  (
    .clk_i(clk_i),
    .reset_i(reset_i),
    .v_i({ _3_net__1_, out_hop_v[0:0] }),
    .data_i({ node_data_i[15:0], out_hop_data_0__15_, out_hop_data_0__14_, out_hop_data_0__13_, out_hop_data_0__12_, out_hop_data_0__11_, out_hop_data_0__10_, out_hop_data_0__9_, out_hop_data_0__8_, out_hop_data_0__7_, out_hop_data_0__6_, out_hop_data_0__5_, out_hop_data_0__4_, out_hop_data_0__3_, out_hop_data_0__2_, out_hop_data_0__1_, out_hop_data_0__0_ }),
    .ready_o(out_hop_ready[0]),
    .yumi_o(node_yumi_o[0]),
    .v_o(asm_v_o),
    .data_o(asm_data_o),
    .ready_i(asm_ready_i)
  );


  bsg_fsb_murn_gateway_16_0_3_x_x
  \fsb_node_0_.murn_gateway 
  (
    .clk_i(clk_i),
    .reset_i(reset_i),
    .v_i(\fsb_node_0_.node_v_int ),
    .data_i(node_data_o[15:0]),
    .ready_o(\fsb_node_0_.node_ready_int ),
    .v_o(node_v_o[0]),
    .ready_i(node_ready_i[0]),
    .node_en_r_o(node_en_r_o[0]),
    .node_reset_r_o(node_reset_r_o[0])
  );


  bsg_front_side_bus_hop_in_width_p16_fan_out_p2
  \fsb_node_1_.hopin 
  (
    .clk_i(clk_i),
    .reset_i(reset_i),
    .ready_o(in_hop_ready[0]),
    .v_i(in_hop_v[0]),
    .data_i(in_hop_data[15:0]),
    .v_o({ \fsb_node_1_.node_v_int , in_hop_v[1:1] }),
    .data_o({ node_data_o[31:16], in_hop_data[31:16] }),
    .ready_i({ \fsb_node_1_.node_ready_int , in_hop_ready[1:1] })
  );


  bsg_front_side_bus_hop_out_width_p16
  \fsb_node_1_.hopout 
  (
    .clk_i(clk_i),
    .reset_i(reset_i),
    .v_i({ _8_net__1_, out_hop_v[1:1] }),
    .data_i({ node_data_i[31:16], out_hop_data_1__15_, out_hop_data_1__14_, out_hop_data_1__13_, out_hop_data_1__12_, out_hop_data_1__11_, out_hop_data_1__10_, out_hop_data_1__9_, out_hop_data_1__8_, out_hop_data_1__7_, out_hop_data_1__6_, out_hop_data_1__5_, out_hop_data_1__4_, out_hop_data_1__3_, out_hop_data_1__2_, out_hop_data_1__1_, out_hop_data_1__0_ }),
    .ready_o(out_hop_ready[1]),
    .yumi_o(node_yumi_o[1]),
    .v_o(out_hop_v[0]),
    .data_o({ out_hop_data_0__15_, out_hop_data_0__14_, out_hop_data_0__13_, out_hop_data_0__12_, out_hop_data_0__11_, out_hop_data_0__10_, out_hop_data_0__9_, out_hop_data_0__8_, out_hop_data_0__7_, out_hop_data_0__6_, out_hop_data_0__5_, out_hop_data_0__4_, out_hop_data_0__3_, out_hop_data_0__2_, out_hop_data_0__1_, out_hop_data_0__0_ }),
    .ready_i(out_hop_ready[0])
  );


  bsg_fsb_murn_gateway_16_1_3_0_0
  \fsb_node_1_.murn_gateway 
  (
    .clk_i(clk_i),
    .reset_i(reset_i),
    .v_i(\fsb_node_1_.node_v_int ),
    .data_i(node_data_o[31:16]),
    .ready_o(\fsb_node_1_.node_ready_int ),
    .v_o(node_v_o[1]),
    .ready_i(node_ready_i[1]),
    .node_en_r_o(node_en_r_o[1]),
    .node_reset_r_o(node_reset_r_o[1])
  );


  bsg_front_side_bus_hop_in_width_p16_fan_out_p2
  \fsb_node_2_.hopin 
  (
    .clk_i(clk_i),
    .reset_i(reset_i),
    .ready_o(in_hop_ready[1]),
    .v_i(in_hop_v[1]),
    .data_i(in_hop_data[31:16]),
    .v_o({ \fsb_node_2_.node_v_int , in_hop_v[2:2] }),
    .data_o({ node_data_o[47:32], in_hop_data[47:32] }),
    .ready_i({ \fsb_node_2_.node_ready_int , in_hop_ready[2:2] })
  );


  bsg_front_side_bus_hop_out_width_p16
  \fsb_node_2_.hopout 
  (
    .clk_i(clk_i),
    .reset_i(reset_i),
    .v_i({ _13_net__1_, out_hop_v[2:2] }),
    .data_i({ node_data_i[47:32], out_hop_data_2__15_, out_hop_data_2__14_, out_hop_data_2__13_, out_hop_data_2__12_, out_hop_data_2__11_, out_hop_data_2__10_, out_hop_data_2__9_, out_hop_data_2__8_, out_hop_data_2__7_, out_hop_data_2__6_, out_hop_data_2__5_, out_hop_data_2__4_, out_hop_data_2__3_, out_hop_data_2__2_, out_hop_data_2__1_, out_hop_data_2__0_ }),
    .ready_o(out_hop_ready[2]),
    .yumi_o(node_yumi_o[2]),
    .v_o(out_hop_v[1]),
    .data_o({ out_hop_data_1__15_, out_hop_data_1__14_, out_hop_data_1__13_, out_hop_data_1__12_, out_hop_data_1__11_, out_hop_data_1__10_, out_hop_data_1__9_, out_hop_data_1__8_, out_hop_data_1__7_, out_hop_data_1__6_, out_hop_data_1__5_, out_hop_data_1__4_, out_hop_data_1__3_, out_hop_data_1__2_, out_hop_data_1__1_, out_hop_data_1__0_ }),
    .ready_i(out_hop_ready[1])
  );


  bsg_fsb_murn_gateway_16_2_3_0_0
  \fsb_node_2_.murn_gateway 
  (
    .clk_i(clk_i),
    .reset_i(reset_i),
    .v_i(\fsb_node_2_.node_v_int ),
    .data_i(node_data_o[47:32]),
    .ready_o(\fsb_node_2_.node_ready_int ),
    .v_o(node_v_o[2]),
    .ready_i(node_ready_i[2]),
    .node_en_r_o(node_en_r_o[2]),
    .node_reset_r_o(node_reset_r_o[2])
  );


  bsg_front_side_bus_hop_in_width_p16_fan_out_p2
  \fsb_node_3_.hopin 
  (
    .clk_i(clk_i),
    .reset_i(reset_i),
    .ready_o(in_hop_ready[2]),
    .v_i(in_hop_v[2]),
    .data_i(in_hop_data[47:32]),
    .v_o({ \fsb_node_3_.node_v_int , in_hop_v[3:3] }),
    .data_o({ node_data_o[63:48], in_hop_data[63:48] }),
    .ready_i({ \fsb_node_3_.node_ready_int , in_hop_ready[3:3] })
  );


  bsg_front_side_bus_hop_out_width_p16
  \fsb_node_3_.hopout 
  (
    .clk_i(clk_i),
    .reset_i(reset_i),
    .v_i({ _18_net__1_, out_hop_v[3:3] }),
    .data_i({ node_data_i[63:48], out_hop_data_3__15_, out_hop_data_3__14_, out_hop_data_3__13_, out_hop_data_3__12_, out_hop_data_3__11_, out_hop_data_3__10_, out_hop_data_3__9_, out_hop_data_3__8_, out_hop_data_3__7_, out_hop_data_3__6_, out_hop_data_3__5_, out_hop_data_3__4_, out_hop_data_3__3_, out_hop_data_3__2_, out_hop_data_3__1_, out_hop_data_3__0_ }),
    .ready_o(out_hop_ready[3]),
    .yumi_o(node_yumi_o[3]),
    .v_o(out_hop_v[2]),
    .data_o({ out_hop_data_2__15_, out_hop_data_2__14_, out_hop_data_2__13_, out_hop_data_2__12_, out_hop_data_2__11_, out_hop_data_2__10_, out_hop_data_2__9_, out_hop_data_2__8_, out_hop_data_2__7_, out_hop_data_2__6_, out_hop_data_2__5_, out_hop_data_2__4_, out_hop_data_2__3_, out_hop_data_2__2_, out_hop_data_2__1_, out_hop_data_2__0_ }),
    .ready_i(out_hop_ready[2])
  );


  bsg_fsb_murn_gateway_16_3_3_0_0
  \fsb_node_3_.murn_gateway 
  (
    .clk_i(clk_i),
    .reset_i(reset_i),
    .v_i(\fsb_node_3_.node_v_int ),
    .data_i(node_data_o[63:48]),
    .ready_o(\fsb_node_3_.node_ready_int ),
    .v_o(node_v_o[3]),
    .ready_i(node_ready_i[3]),
    .node_en_r_o(node_en_r_o[3]),
    .node_reset_r_o(node_reset_r_o[3])
  );


  bsg_front_side_bus_hop_in_width_p16_fan_out_p2
  \fsb_node_4_.hopin 
  (
    .clk_i(clk_i),
    .reset_i(reset_i),
    .ready_o(in_hop_ready[3]),
    .v_i(in_hop_v[3]),
    .data_i(in_hop_data[63:48]),
    .v_o({ \fsb_node_4_.node_v_int , in_hop_v[4:4] }),
    .data_o({ node_data_o[79:64], in_hop_data[79:64] }),
    .ready_i({ \fsb_node_4_.node_ready_int , 1'b1 })
  );


  bsg_front_side_bus_hop_out_width_p16
  \fsb_node_4_.hopout 
  (
    .clk_i(clk_i),
    .reset_i(reset_i),
    .v_i({ _23_net__1_, 1'b0 }),
    .data_i({ node_data_i[79:64], 1'b0, 1'b0, 1'b0, 1'b0, 1'b0, 1'b0, 1'b0, 1'b0, 1'b0, 1'b0, 1'b0, 1'b0, 1'b0, 1'b0, 1'b0, 1'b0 }),
    .ready_o(out_hop_ready[4]),
    .yumi_o(node_yumi_o[4]),
    .v_o(out_hop_v[3]),
    .data_o({ out_hop_data_3__15_, out_hop_data_3__14_, out_hop_data_3__13_, out_hop_data_3__12_, out_hop_data_3__11_, out_hop_data_3__10_, out_hop_data_3__9_, out_hop_data_3__8_, out_hop_data_3__7_, out_hop_data_3__6_, out_hop_data_3__5_, out_hop_data_3__4_, out_hop_data_3__3_, out_hop_data_3__2_, out_hop_data_3__1_, out_hop_data_3__0_ }),
    .ready_i(out_hop_ready[3])
  );


  bsg_fsb_murn_gateway_16_4_3_0_0
  \fsb_node_4_.murn_gateway 
  (
    .clk_i(clk_i),
    .reset_i(reset_i),
    .v_i(\fsb_node_4_.node_v_int ),
    .data_i(node_data_o[79:64]),
    .ready_o(\fsb_node_4_.node_ready_int ),
    .v_o(node_v_o[4]),
    .ready_i(node_ready_i[4]),
    .node_en_r_o(node_en_r_o[4]),
    .node_reset_r_o(node_reset_r_o[4])
  );

  assign asm_yumi_o = to_asm_ready & asm_v_i;
  assign _3_net__1_ = node_en_r_o[0] & node_v_i[0];
  assign _8_net__1_ = node_en_r_o[1] & node_v_i[1];
  assign _13_net__1_ = node_en_r_o[2] & node_v_i[2];
  assign _18_net__1_ = node_en_r_o[3] & node_v_i[3];
  assign _23_net__1_ = node_en_r_o[4] & node_v_i[4];

endmodule